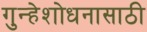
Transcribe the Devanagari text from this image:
गुन्हेशोधनासाठी